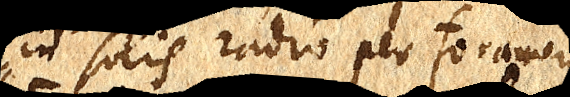
in solis radio per foramen